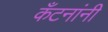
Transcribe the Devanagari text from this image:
कँटनांनी